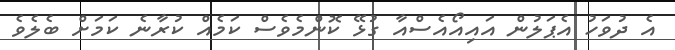
އެ ދުވަހު އެޕަލުން އައިއޯއެސްއާ ގުޅޭ ކޮންމެވެސް ކަމެއް ކުރާނެ ކަމަށް ބެލެވެ